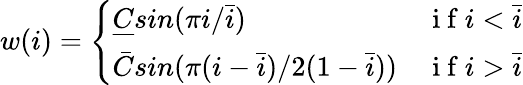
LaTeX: \begin{array}{r}{w(i)=\left\{ \begin{array}{lll}{{\underline{{C}}sin{(\pi i/\bar{i})}}}&{\mathrm{~i~f~}i<{\bar{i}}}\\ {{\bar{C}sin{(\pi(i-\bar{i})/2(1-\bar{i}))}}}&{\mathrm{~i~f~}i>{\bar{i}}}\end{array}\right.}\end{array}